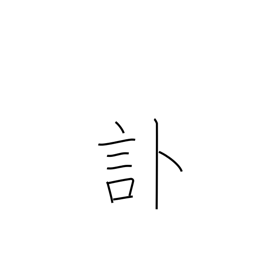
Meaning: obituary